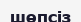
шөпсіз